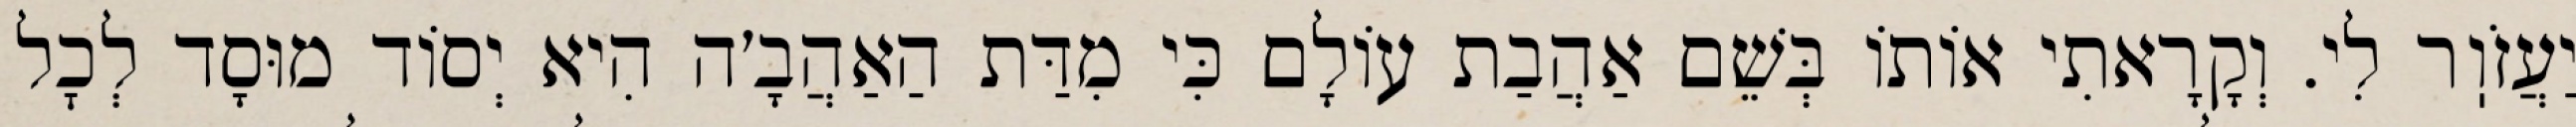
יַעֲזֹוֽר לִי. וְקָרָאתִי אוֹתוֹ בְּשֵׁם אַהֲבַת עוֹלָם כִּי מִדַּת הַאַהֲבָ׳ה הִיא יְסוֹד מוּסָד לְכׇל